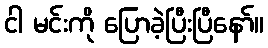
ငါ မင်းကို ပြောခဲ့ပြီးပြီနော်။